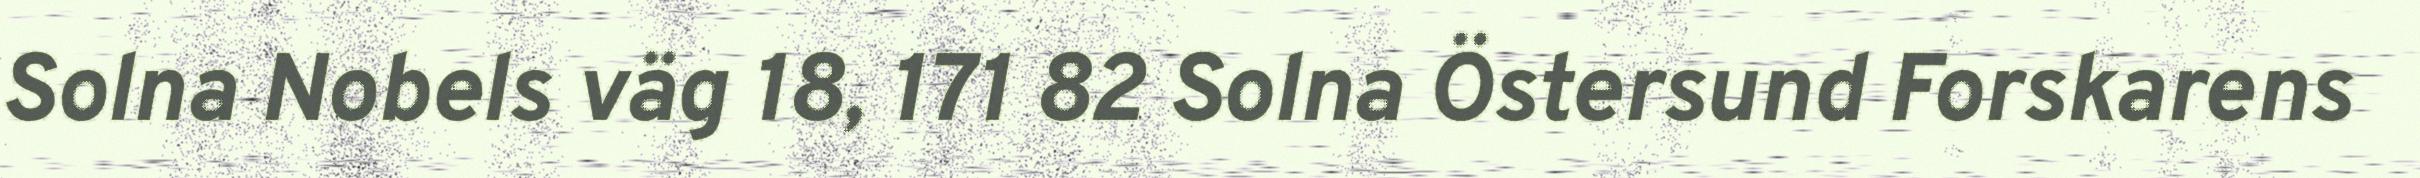
Solna Nobels väg 18, 171 82 Solna Östersund Forskarens